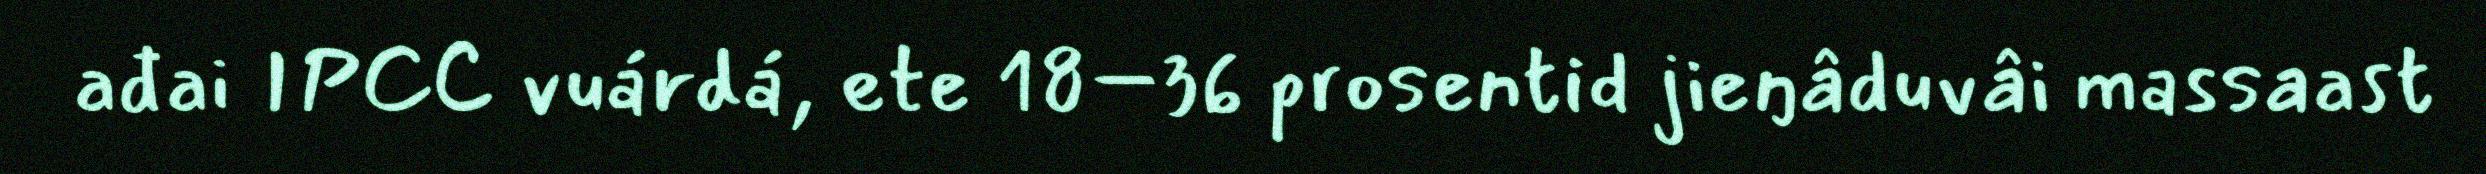
ađai IPCC vuárdá, ete 18–36 prosentid jieŋâduvâi massaast